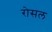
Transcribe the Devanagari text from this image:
रोसल